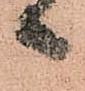
日